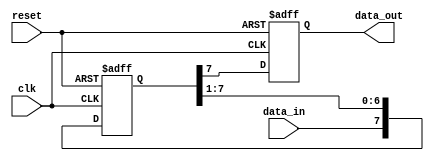
module siso_shift_register(
    input wire clk,
    input wire reset,
    input wire data_in,
    output reg data_out
);

reg [7:0] shift_reg;

always @(posedge clk or posedge reset) begin
    if (reset) begin
        shift_reg <= 0;
        data_out <= 0;
    end else begin
        shift_reg <= {data_in, shift_reg[7:1]};
        data_out <= shift_reg[7];
    end
end

endmodule